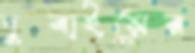
দুবাইয়ের